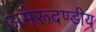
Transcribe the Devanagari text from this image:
अमेरूदण्डीय